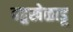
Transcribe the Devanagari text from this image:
बहुखेळाडू